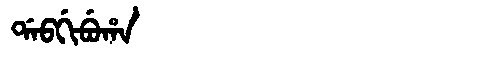
Manchu: ᡩᠠᠪᡤᡳᠪᡠᡥᠠ
Romanization: DABGIBUHA